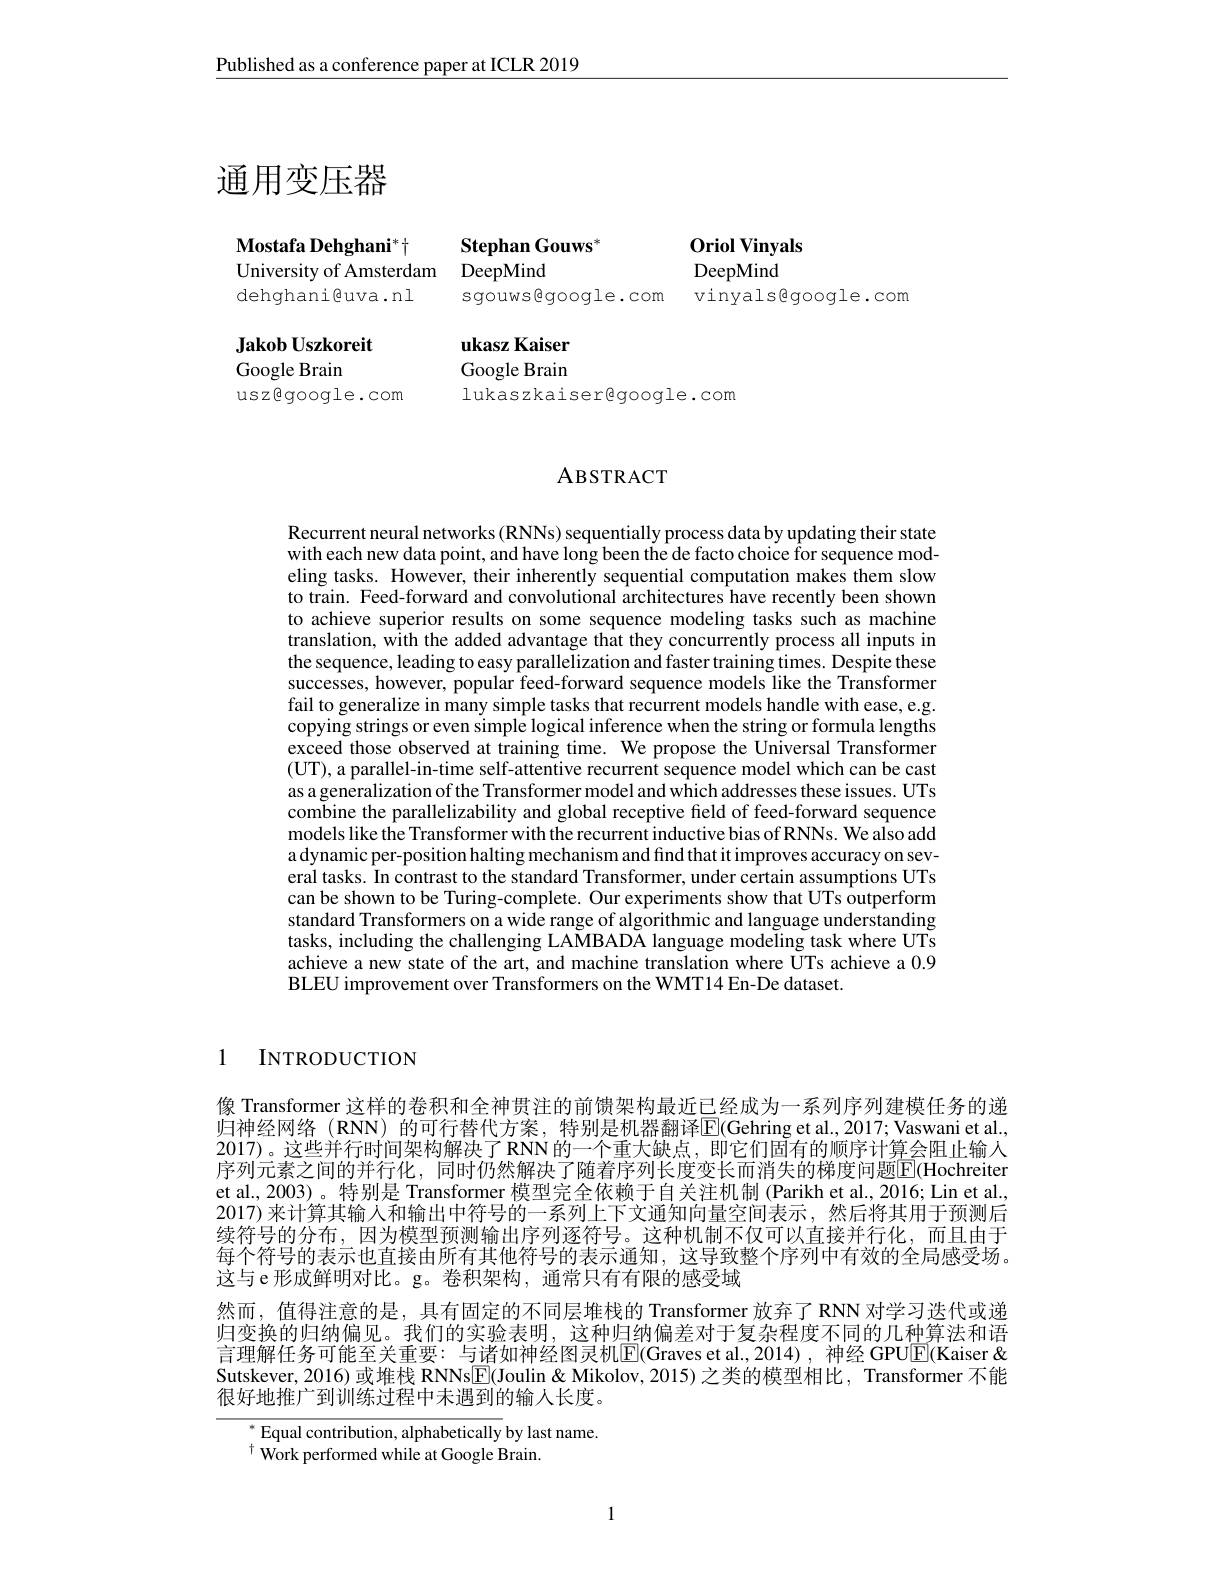
Published as a conference paper at ICLR 2019

# 通用变压器

Mostafa Dehghani$^*$十
Stephan Gouws$^*$
University of Amsterdam DeepMind
dehghani@uva.nl
sgouwsegoogle.com

0riol Vinyals
DeepMind
vinyalsgoogle.com

Jakob Uszkoreit
ukasz Kaiser Google Brain
Google Brain
lukaszkaisergoogle.com
uszgoogle.com

# ABSTRACT

Recurrent neural networks (RNNs) sequentially process data by updating their state with each new data point, and have long been the de facto choice for sequence modeling tasks. However, their inherently sequential computation makes them slow to train. Feed-forward and convolutional architectures have recently been shown to achieve superior results on some sequence modeling tasks such as machine translation, wîth the added advantage that they concurrently process all inputs in the sequence, leading to easy parallelization and faster training times. Despite these successes, however, popular feed-forward sequence models like the Transformer fail to generalize in many simple tasks that recurrent models handle with ease, e.g. copying strings or even simple logical inference when the string or formula lengths exceed those observed at training time. We propose the Universal Transformer (UT), a parallel-in-time self-attentive recurrent sequence model which can be cast as a generalization of the Transformer model and which addresses these issues. UTs combine the parallelizability and global receptive field of feed-forward sequence models like the Transformer with the recurrent inductive bias of RNNs. We also add a dynamic per-position halting mechanism and find that it improves accuracy on several tasks. In contrast to the standard Transformer, under certain assumptions UTs can be shown to be Turing-complete. Our experiments show that UTs outperform standard Transformers on a wide range of algorithmic and language understanding tasks, including the challenging LAMBADA language modeling task where UTs achieve a new state of the art, and machine translation where UTs achieve a 0.9 BLEU improvement over Transformers on the WMT14 En-De dataset.

1 INTRODUCTION

像 Transformer 这样的卷积和全神贯注的前馈架构最近已经成为一系列序列建模任务的递归神经网络 (RNN) 的可行替代方案，特别是机器翻译$\overline{\mathrm{E}}($Gehring et al.,2017;Vaswani et al., 2017)。这些并行时间架构解决了RNN的一个重大缺点，即它们固有的顺序计算会阻止输入序列元素之间的并行化，同时仍然解决了随着序列长度变长而消失的梯度问题$\overline{\mathbb{E}}$(Hochreiter et al., 2003)。特别是 Transformer 模型完全依赖于自关注机制 (Parikh et al., 2016; Lin et al., 2017) 来计算其输人和输出中符号的一系列上下文通知向量空间表示，然后将其用于预测后续符号的分布，因为模型预测输出序列逐符号。这种机制不仅可以直接并行化，而且由于每个符号的表示也直接由所有其他符号的表示通知，这导致整个序列中有效的全局感受场。这与 e 形成鲜明对比。g。卷积架构，通常只有有限的感受域
然而，值得注意的是，具有固定的不同层堆栈的 Transformer 放弃了 RNN 对学习迭代或递归变换的归纳偏见。我们的实验表明，这种归纳偏差对于复杂程度不同的几种算法和语言理解任务可能至关重要：与诸如神经图灵机$\boxed{\mathrm{E}}($Graves et al.,2014),神经 GPU$\boxed{\mathrm{F}}($Kaiser & Sutskever, 2016) 或堆栈 RNNs$\underline{\mathrm{E}}($Joulin &Mikolov, 2015) 之类的模型相比，Transformer 不能很好地推广到训练过程中未遇到的输入长度。

${^*}{\mathrm{Equal~contribution,~alphabetically~by~last~name.}}$
$^{\dagger}$ Work performed while at Google Brain.

1